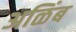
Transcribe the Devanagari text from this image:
अळिंब